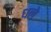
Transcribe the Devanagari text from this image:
धले